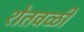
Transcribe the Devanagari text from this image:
शेतवळी